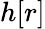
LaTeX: h[r]